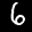
Label: 6